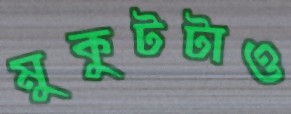
মুকুটটাও